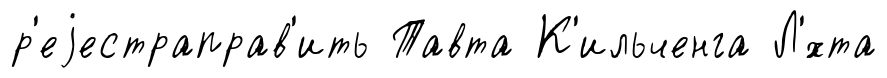
р'еjестраправ'ить Тавта К'ильченга Л'́хта